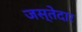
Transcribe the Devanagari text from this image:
जस्तेदार